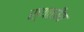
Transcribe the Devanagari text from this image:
स्थळीय